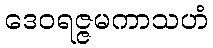
ဒေဝရဇ္ဇမကာသဟံ